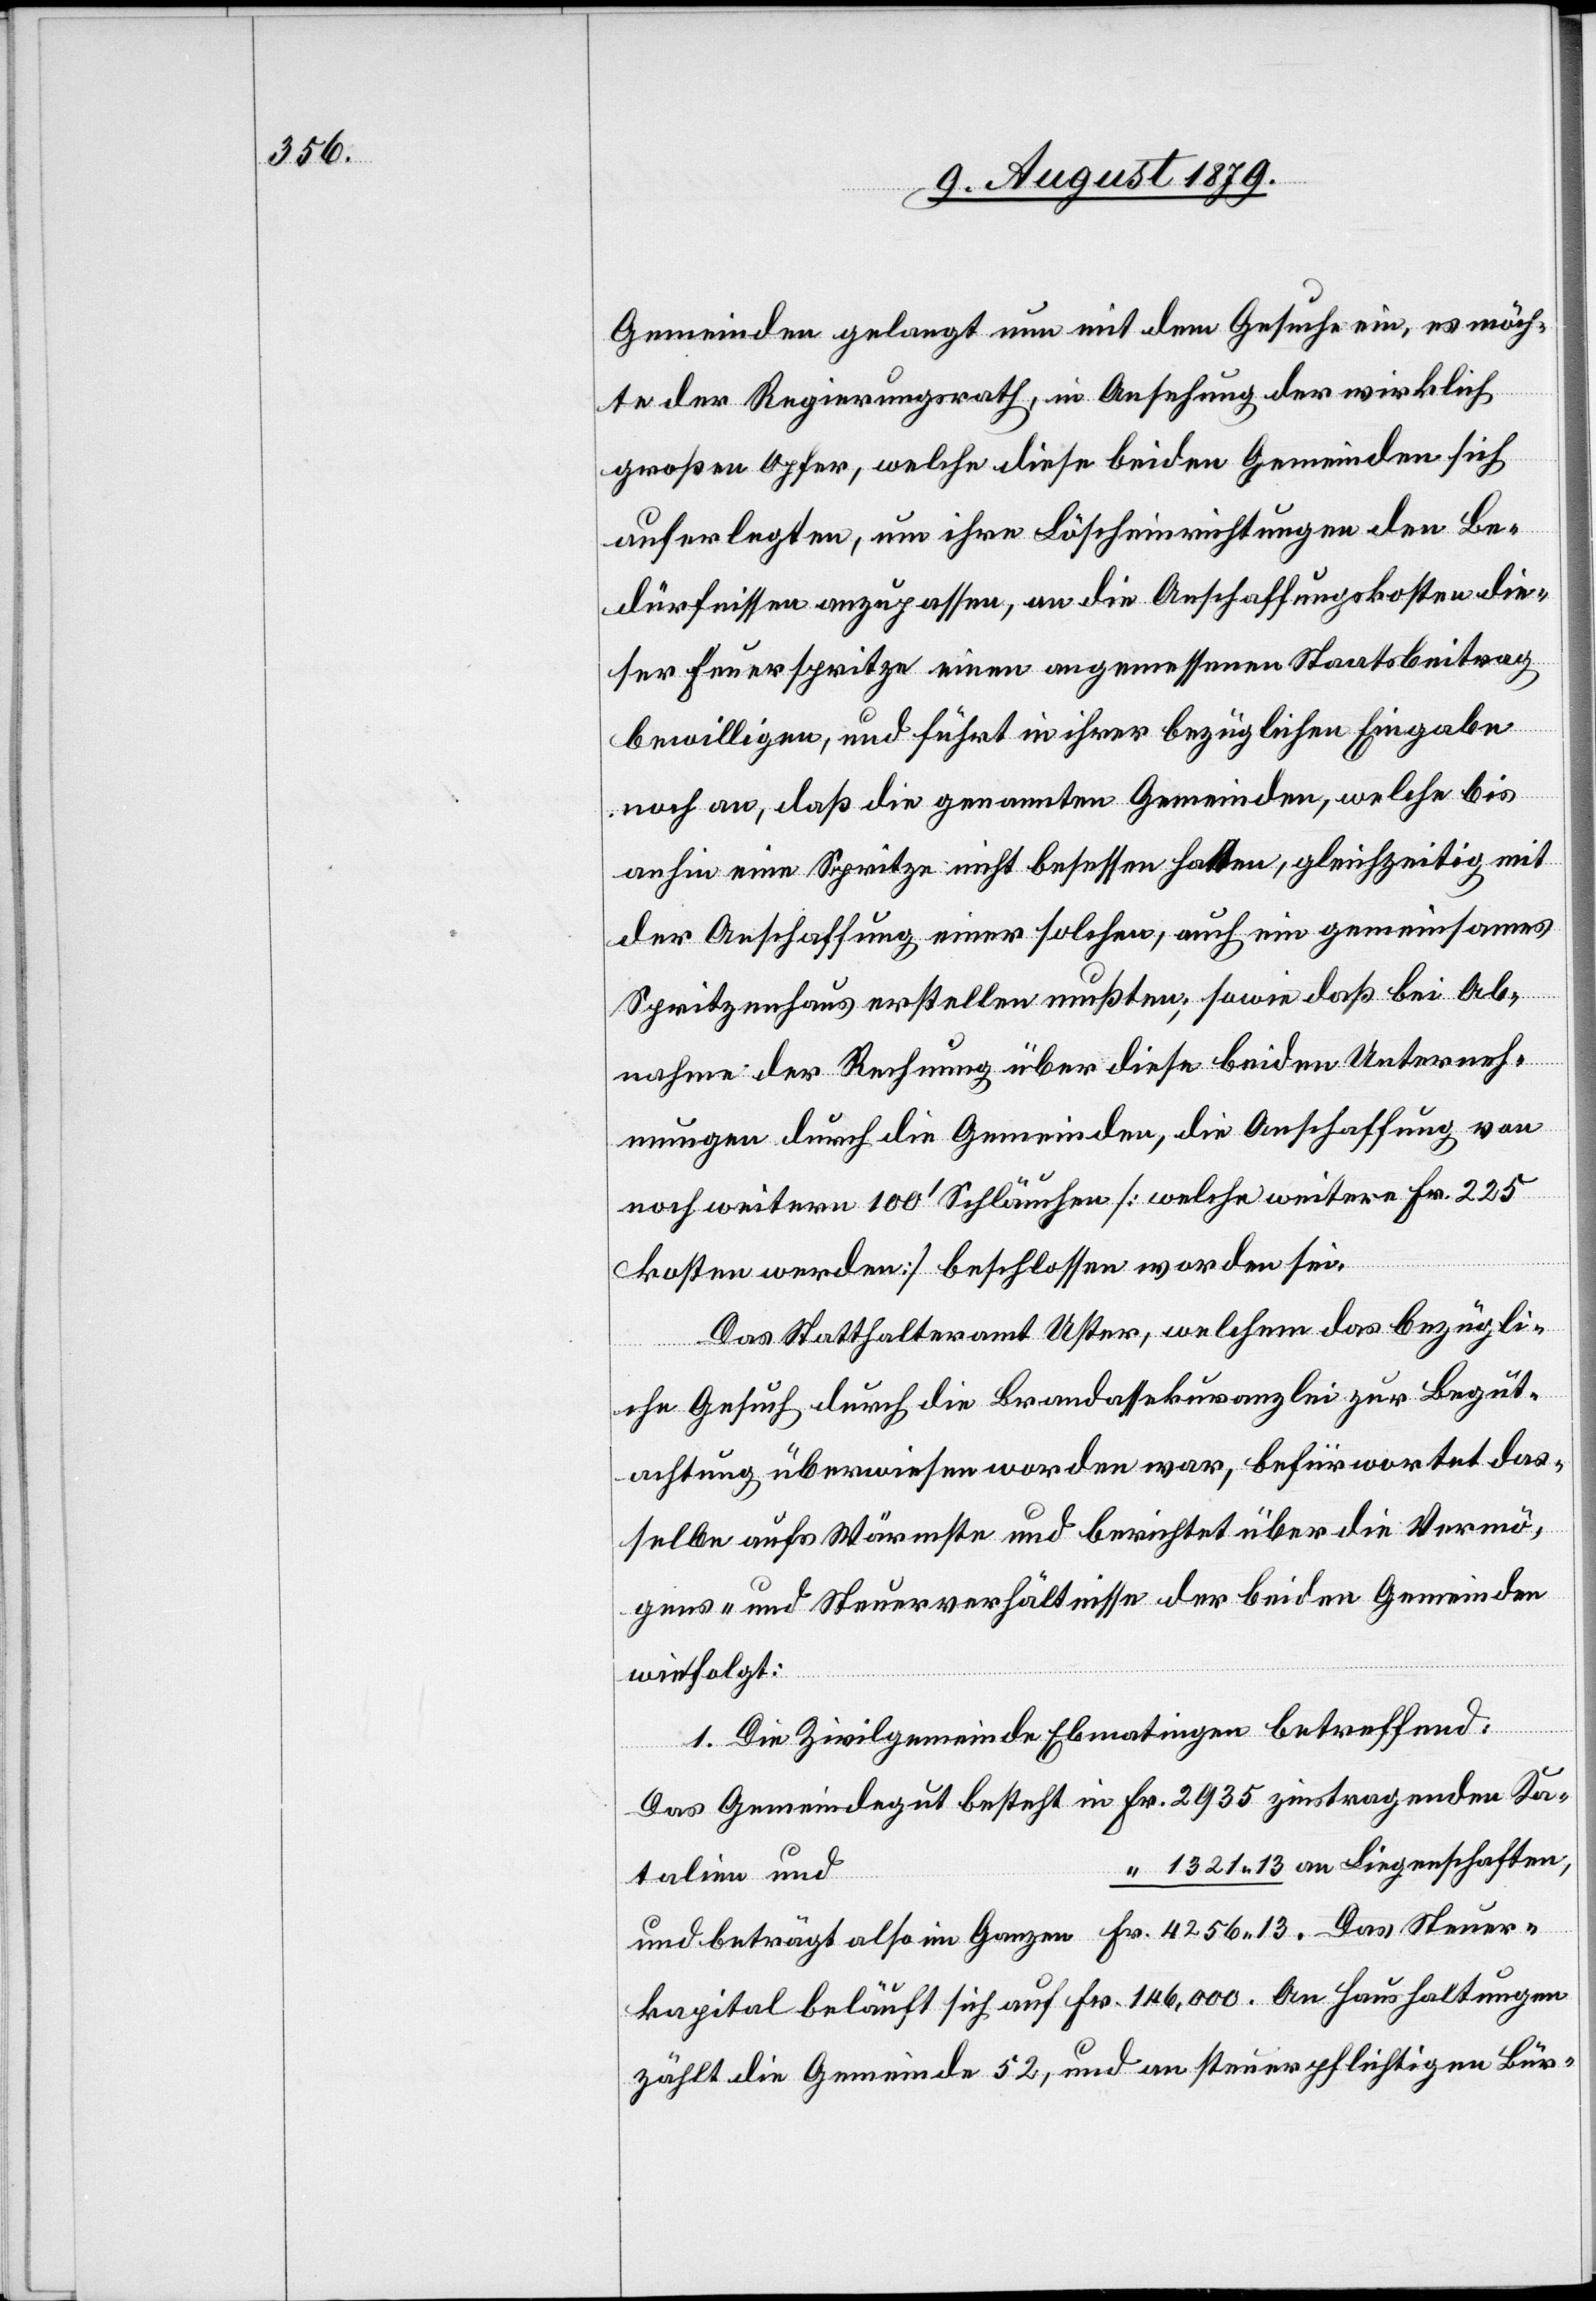
Gemeinden gelangt nun mit dem Gesuche ein, es möch¬
te der Regierungsrath, in Ansehung der wirklich
großen Opfer, welche diese beiden Gemeinden sich
auferlegten, um ihre Löscheinrichtungen den Be¬
dürfnissen anzupassen, an die Anschaffungskosten die¬
ser Feuerspritze einen angemessenen Staatsbeitrag
bewilligen, und führt in ihrer bezüglichen Eingabe
noch an, daß die genannten Gemeinden, welche bis
anhin eine Spritze nicht besessen hatten, gleichzeitig mit
der Anschaffung einer solchen, auch ein gemeinsames
Spritzenhaus erstellen mußten; sowie daß bei Ab¬
nahme der Rechnung über diese beiden Unterneh¬
mungen durch die Gemeinden, die Anschaffung von
noch weitern 100 Schläuchen [welche weitere Fr. 225
kosten werden] beschlossen worden sei.
Das Statthalteramt Uster, welchem das bezügli¬
und
che Gesuch durch die Brandassekuranz[kanz]lei zur Begut¬
achtung überwiesen worden war, befürwortet das¬
selbe aufs Wärmste und berichtet über die Vermö¬
gens- und Steuerverhältnisse der beiden Gemeinden
wie folgt:
1. Die Zivilgemeinde Ebmatingen betreffend:
Das Gemeindegut besteht in Fr. 2935 zinstragenden Ka[p¬
“ 1321 13 an Liegenschaften,
und beträgt also im Ganzen Fr. 4256 13. Das Steuer¬
kapital beläuft sich auf Fr. 146,000. An Haushaltungen
zählt die Gemeinde 52, und an steuerpflichtigen Bür-